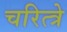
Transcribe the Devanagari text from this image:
चरित्त्रे